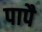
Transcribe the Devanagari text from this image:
पापै